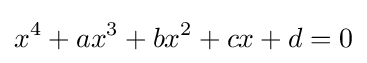
x^{4}+ax^{3}+bx^{2}+cx+d=0